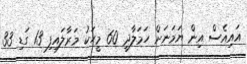
އައިއެސް އިން ޔަމަނަށް ހަމަލާދީ 60 މީހަކު މަރާލައިފި 13 ގަޑި 33